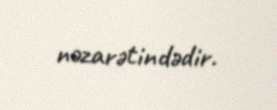
nəzarətindədir.